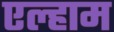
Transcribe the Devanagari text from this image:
एल्हाम